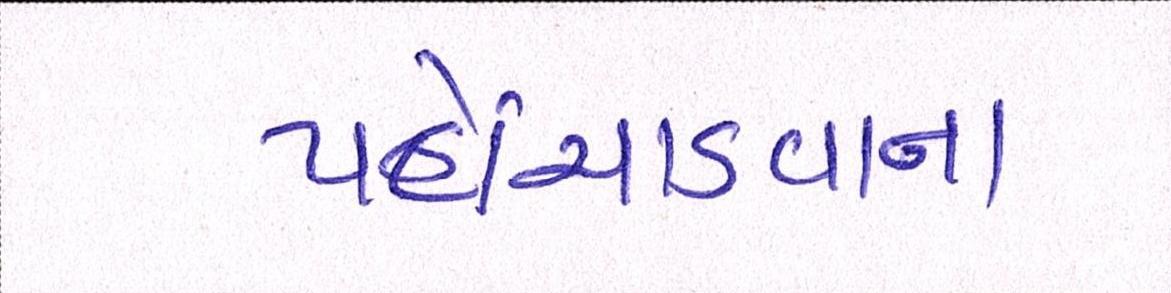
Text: પહોંચાડવાના